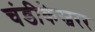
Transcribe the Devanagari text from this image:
चंडीकेस्वरर